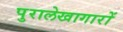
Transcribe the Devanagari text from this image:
पुरालेखागारों